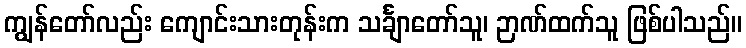
ကျွန်တော်လည်း ကျောင်းသားတုန်းက သင်္ချာတော်သူ၊ ဉာဏ်ထက်သူ ဖြစ်ပါသည်။